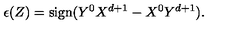
\epsilon ( Z ) = \mathrm { s i g n } ( Y ^ { 0 } X ^ { d + 1 } - X ^ { 0 } Y ^ { d + 1 } ) .